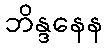
ဘိန္ဒနေန